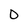
Character: 0